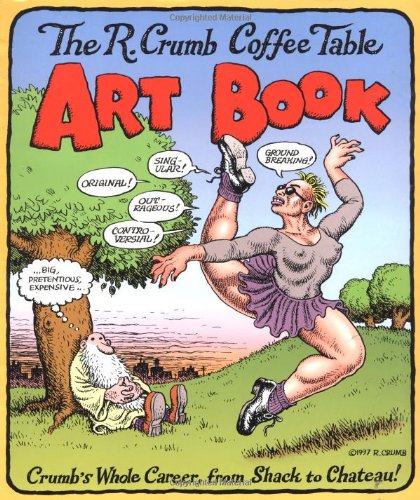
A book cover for The R. Crumb Coffee Table Art Book (Kitchen Sink Press Book for Back Bay Books); R. Crumb; Comics & Graphic Novels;